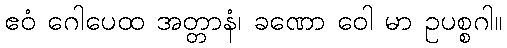
ဧဝံ ဂေါပေထ အတ္တာနံ၊ ခဏော ဝေါ မာ ဥပစ္စဂါ။